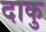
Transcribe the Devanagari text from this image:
दाकु